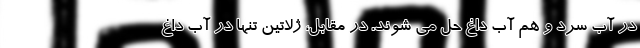
در آب سرد و هم آب داغ حل می شوند. در مقابل، ژلاتین تنها در آب داغ